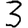
Digit: 3